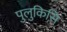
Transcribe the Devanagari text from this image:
पुलुकिसि